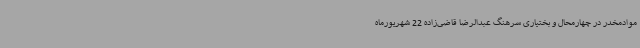
موادمخدر در چهارمحال و بختیاری سرهنگ عبدالرضا قاضی‌زاده 22 شهریورماه